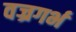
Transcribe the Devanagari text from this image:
वज्रगर्भ